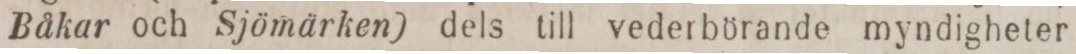
Båkar och Sjömärken) dels till vederbörande myndigheter